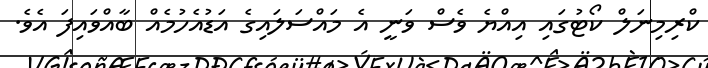
ކްރިމިނަލް ކޯޓުގައި އިއްޔެ ވެސް ވަނީ އެ މައްސަލައިގެ އަޑުއެހުމެއް ބާއްވައިފަ އެވެ.